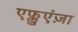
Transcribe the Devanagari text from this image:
एफ्लुएंज़ा